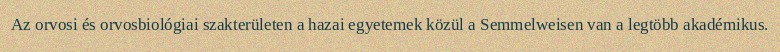
Az orvosi és orvosbiológiai szakterületen a hazai egyetemek közül a Semmelweisen van a legtöbb akadémikus.